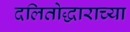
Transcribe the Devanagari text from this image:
दलितोद्धाराच्या